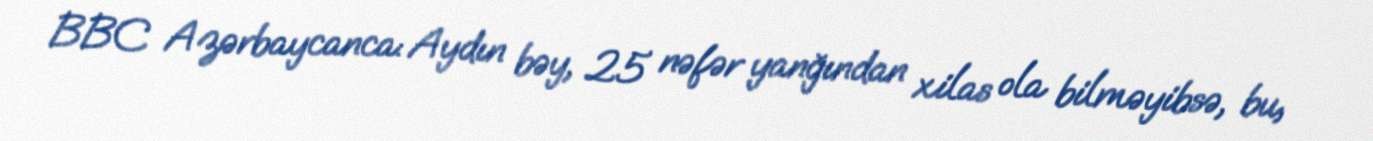
BBC Azərbaycanca: Aydın bəy, 25 nəfər yanğından xilas ola bilməyibsə, bu,